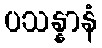
ပသန္နာနံ